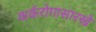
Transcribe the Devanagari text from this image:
कर्करोगासारखे